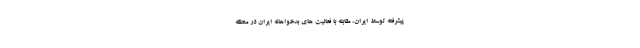
پیشرفته توسط ایران، مقابله با فعالیت های بدخواهانه ایران در منطقه